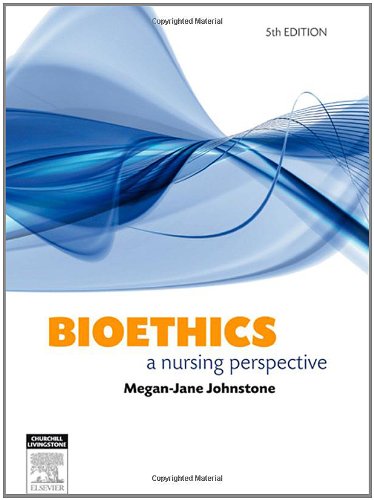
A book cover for Bioethics: A Nursing Perspective, 5e; Megan-Jane Johnstone PhD  BA  RN  FACN; Medical Books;